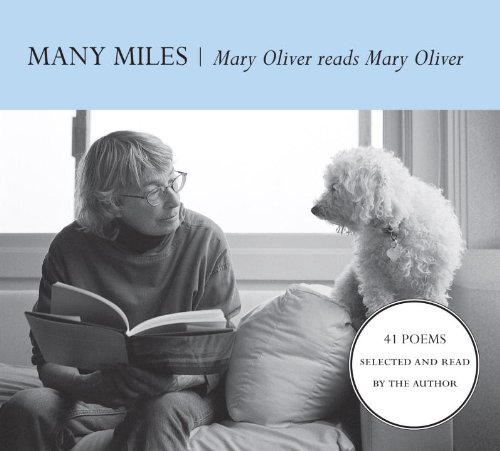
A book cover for Many Miles: Mary Oliver reads Mary Oliver; Mary Oliver; Literature & Fiction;